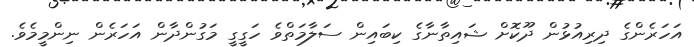
އަހަރެންގެ ދިރިއުޅުން ދޫކޮށް ޝައިތާނާގެ ކިބައިން ސަލާމަތްވެ ހަގީގީ މަގުންދާން އަހަރެން ނިންމީމެވެ.